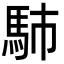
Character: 馷